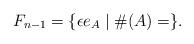
LaTeX: \begin{align*}F_{n-1} = \{ \epsilon e_{A} \mid \#(A) = \}.\end{align*}